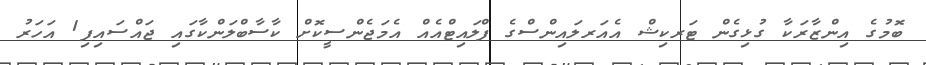
ބޮމުގެ އިންޒާރަކާ ގުޅިގެން ޓަރކިޝް އެއަރލައިންސްގެ ފްލައިޓްއެއް އެމަޖެންސީކޮށް ކާސާބްލަންކާގައި ޖައްސައިފި1 އަހަރު